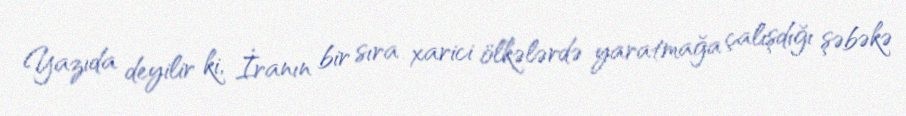
Yazıda deyilir ki, İranın bir sıra xarici ölkələrdə yaratmağa çalışdığı şəbəkə